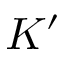
K ^ { \prime }